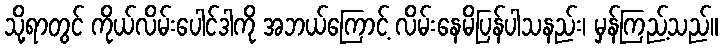
သို့ရာတွင် ကိုယ်လိမ်းပေါင်ဒါကို အဘယ်ကြောင့် လိမ်းနေမိပြန်ပါသနည်း၊ မှန်ကြည့်သည်။